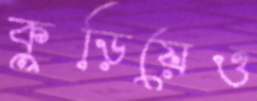
কুড়িয়েও